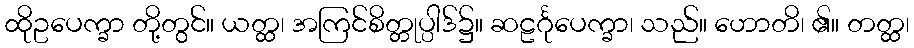
ထိုဥပေက္ခာ တို့တွင်။ ယတ္ထ၊ အကြင်စိတ္တုပ္ပါဒ်၌။ ဆဠင်္ဂုပေက္ခာ၊ သည်။ ဟောတိ၊ ၏။ တတ္ထ၊